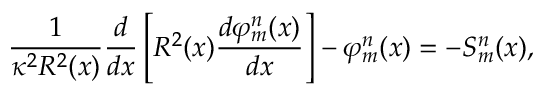
\frac { 1 } { \kappa ^ { 2 } R ^ { 2 } ( x ) } \frac { d } { d x } \left[ R ^ { 2 } ( x ) \frac { d \varphi _ { m } ^ { n } ( x ) } { d x } \right] - \varphi _ { m } ^ { n } ( x ) = - S _ { m } ^ { n } ( x ) ,